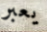
يعبر